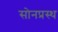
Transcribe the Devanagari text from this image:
सोनप्रस्थ